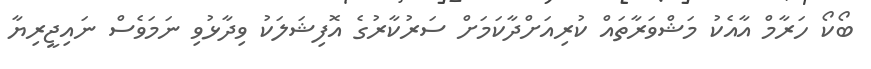
ބޯކޯ ހަރާމް އާއެކު މަޝްވަރާތައް ކުރިއަށްދާކަމަށް ސަރުކާރުގެ އޮފިޝަލަކު ވިދާޅުވި ނަމަވެސް ނައިޖީރިޔާ